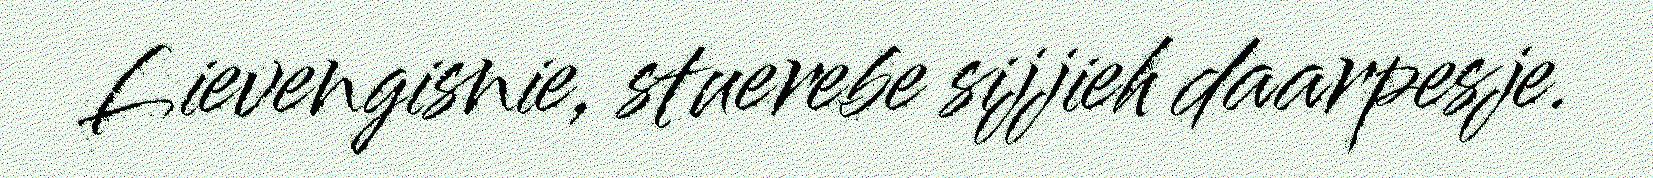
Lievengisnie, stuerebe sijjieh daarpesje.